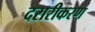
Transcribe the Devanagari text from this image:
दरारीकरण